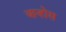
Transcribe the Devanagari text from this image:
बान्होस